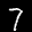
Label: 7